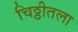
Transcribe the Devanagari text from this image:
चिठ्ठीतला